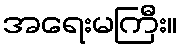
အရေးမကြီး။